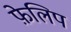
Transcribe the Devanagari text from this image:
फ़ेलिप